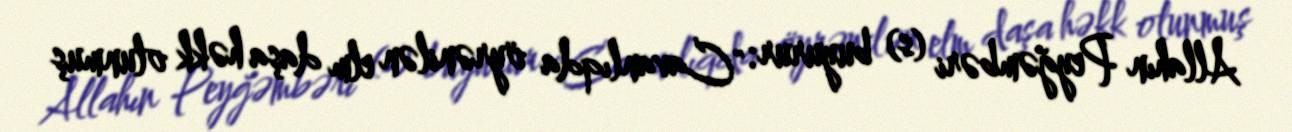
Allahın Peyğəmbəri (s) buyurur: "Cavanlıqda öyrənilən elm daşa həkk olunmuş